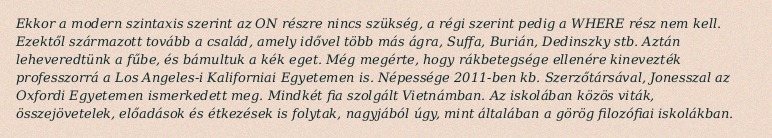
Ekkor a modern szintaxis szerint az ON részre nincs szükség, a régi szerint pedig a WHERE rész nem kell. Ezektől származott tovább a család, amely idővel több más ágra, Suffa, Burián, Dedinszky stb. Aztán leheveredtünk a fűbe, és bámultuk a kék eget. Még megérte, hogy rákbetegsége ellenére kinevezték professzorrá a Los Angeles-i Kaliforniai Egyetemen is. Népessége 2011-ben kb. Szerzőtársával, Jonesszal az Oxfordi Egyetemen ismerkedett meg. Mindkét fia szolgált Vietnámban. Az iskolában közös viták, összejövetelek, előadások és étkezések is folytak, nagyjából úgy, mint általában a görög filozófiai iskolákban.